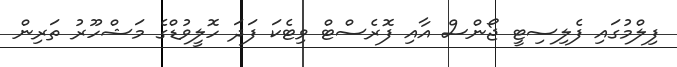
ފިލްމުގައި ފެލިސިޓީ ޖޯންސް އާއި ފޮރެސްޓް ވިޓެކަ ފަދަ ހޮލީވުޑްގެ މަޝްހޫރު ތަރިން